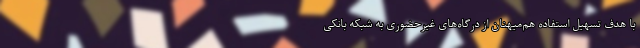
با هدف تسهیل استفاده هم‌میهنان از درگاه‌های غیرحضوری به شبکه بانکی